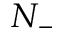
N _ { - }